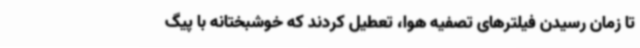
تا زمان رسیدن فیلترهای تصفیه هوا، تعطیل کردند که خوشبختانه با پیگ